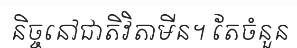
និច្ចនៅជាតិវិតាមីន។ តែចំនួន